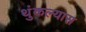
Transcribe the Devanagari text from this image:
थुंकल्यास